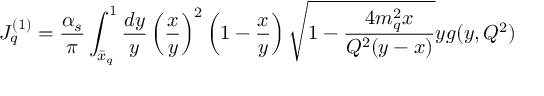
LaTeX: J _ { q } ^ { ( 1 ) } = { \frac { \alpha _ { s } } { \pi } } \int _ { \bar { x } _ { q } } ^ { 1 } { \frac { d y } { y } } \left( { \frac { x } { y } } \right) ^ { 2 } \left( 1 - { \frac { x } { y } } \right) \sqrt { 1 - { \frac { 4 m _ { q } ^ { 2 } x } { Q ^ { 2 } ( y - x ) } } } y g ( y , Q ^ { 2 } )